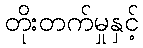
တိုးတက်မှုနှင့်